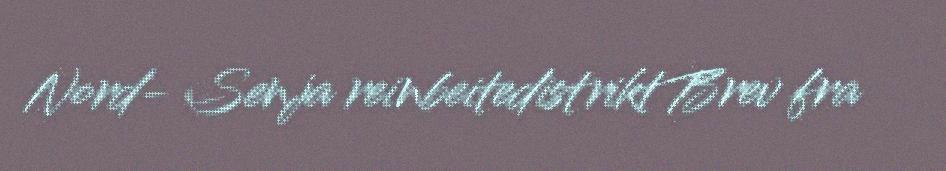
Nord- Senja reinbeitedistrikt Brev fra